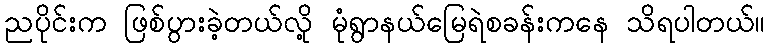
ညပိုင်းက ဖြစ်ပွားခဲ့တယ်လို့ မုံရွာနယ်မြေရဲစခန်းကနေ သိရပါတယ်။